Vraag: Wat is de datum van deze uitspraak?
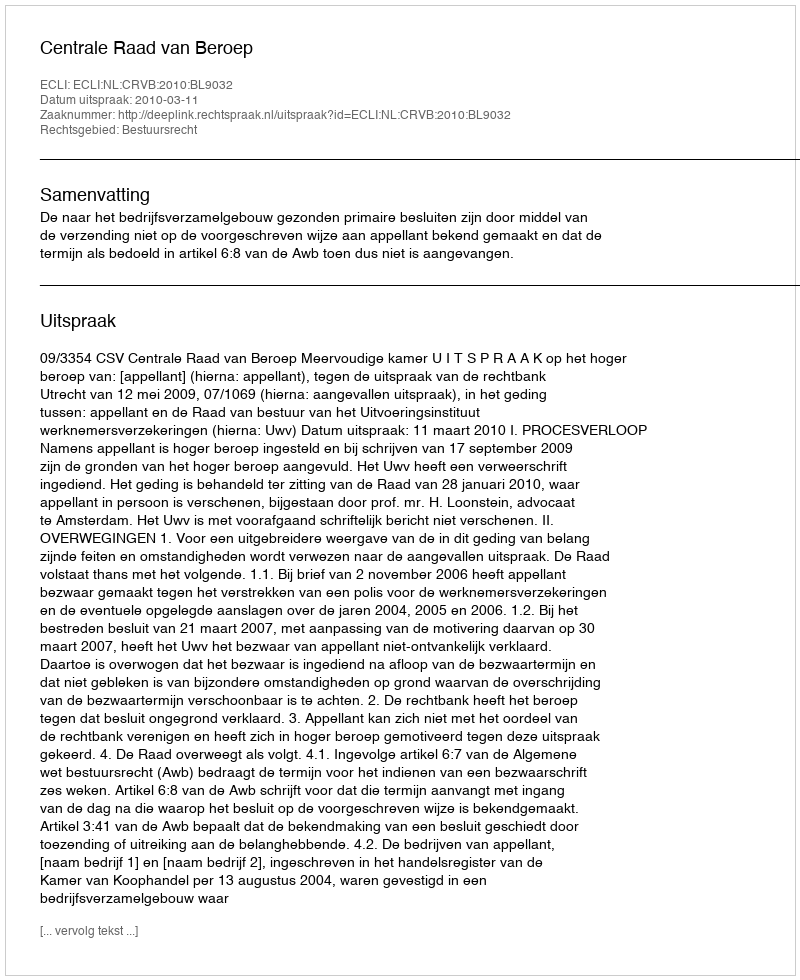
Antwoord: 2010-03-11